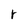
Character: r